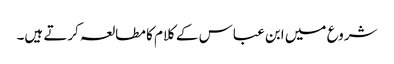
شروع میں ابن عباس کے کلام کا مطالعہ کرتے ہیں۔